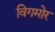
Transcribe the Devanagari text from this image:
विगमोर